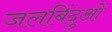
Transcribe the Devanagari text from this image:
जलबिंदुओं